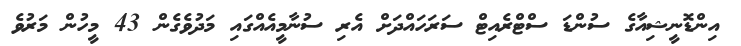
އިންޑޮނީޝިއާގެ ސުންޑަ ސްޓްރެއިޓް ސަރަހައްދަށް އެރި ސުނާމީއެއްގައި މަދުވެގެން 43 މީހުން މަރުވެ